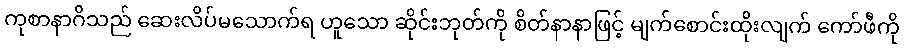
ကုစာနာဂိသည် ဆေးလိပ်မသောက်ရ ဟူသော ဆိုင်းဘုတ်ကို စိတ်နာနာဖြင့် မျက်စောင်းထိုးလျက် ကော်ဖီကို